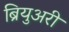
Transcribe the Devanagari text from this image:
ब्रियुअरी